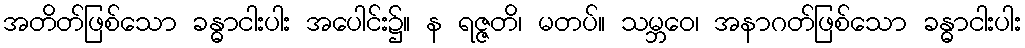
အတိတ်ဖြစ်သော ခန္ဓာငါးပါး အပေါင်း၌။ န ရဇ္ဇတိ၊ မတပ်။ သမ္ဘဝေ၊ အနာဂတ်ဖြစ်သော ခန္ဓာငါးပါး